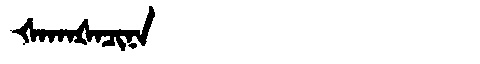
Manchu: ᡧᠠᡴᠠᡧᠠᠴᡳᠨᠠ
Romanization: ŠAKAŠACINA